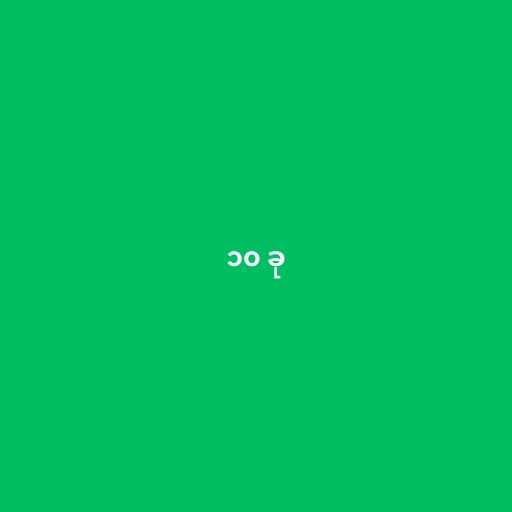
၁၀ ခု